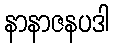
နာနာဇနပဒါ